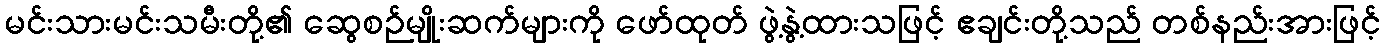
မင်းသားမင်းသမီးတို့၏ ဆွေစဉ်မျိုးဆက်များကို ဖော်ထုတ် ဖွဲ့နွဲ့ထားသဖြင့် ဧချင်းတို့သည် တစ်နည်းအားဖြင့်